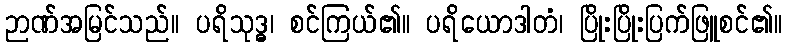
ဉာဏ်အမြင်သည်။ ပရိသုဒ္ဓ၊ စင်ကြယ်၏။ ပရိယောဒါတံ၊ ပြိုးပြိုးပြက်ဖြူစင်၏။